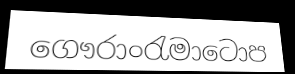
ගෞරාංරැමාටොප